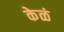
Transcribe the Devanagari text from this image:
केळं